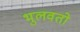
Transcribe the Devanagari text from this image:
भुलवतो